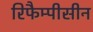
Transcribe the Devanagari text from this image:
रिफैम्पीसीन